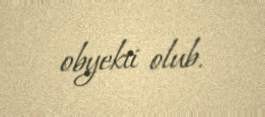
obyekti olub.